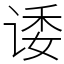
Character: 诿